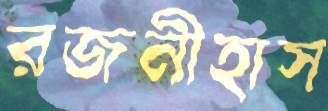
রজনীহাস